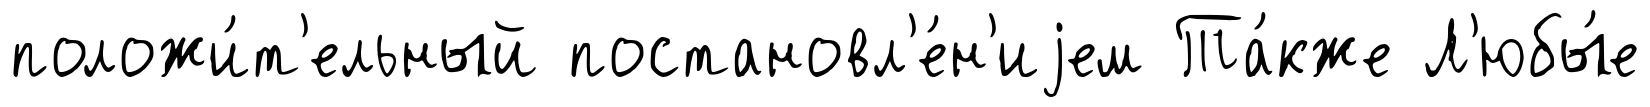
положи́т'ельный постановл'е́н'иjем Та́кже Л'юбы́е